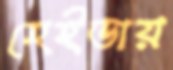
হেইডায়